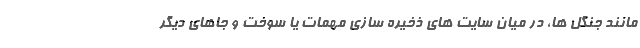
مانند جنگل ها، در میان سایت های ذخیره سازی مهمات یا سوخت و جاهای دیگر